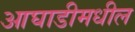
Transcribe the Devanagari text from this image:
आघाडीमधील